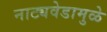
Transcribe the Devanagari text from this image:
नाट्यवेडामुळे